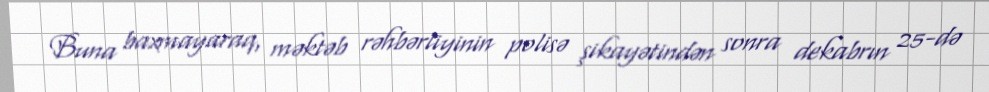
Buna baxmayaraq, məktəb rəhbərliyinin polisə şikayətindən sonra dekabrın 25-də